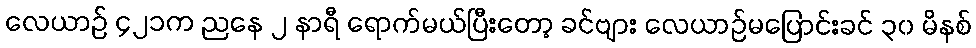
လေယာဉ် ၄၂၁က ညနေ ၂ နာရီ ရောက်မယ်ပြီးတော့ ခင်ဗျား လေယာဉ်မပြောင်းခင် ၃၀ မိနစ်